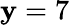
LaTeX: \mathbf{y}=7